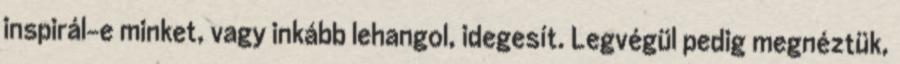
inspirál-e minket, vagy inkább lehangol, idegesít. Legvégül pedig megnéztük,